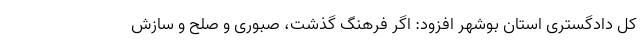
کل دادگستری استان بوشهر افزود: اگر فرهنگ گذشت، صبوری و صلح و سازش